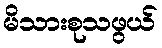
မိသားစုသဖွယ်